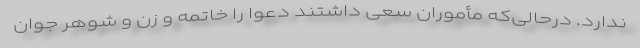
ندارد. درحالی‌که مأموران سعی داشتند دعوا را خاتمه و زن و شوهر جوان